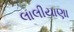
લાલીયાણા